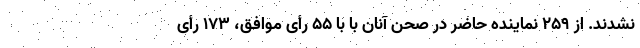
نشدند. از ۲۵۹ نماینده حاضر در صحن آنان با با ۵۵ رأی موافق، ۱۷۳ رأی